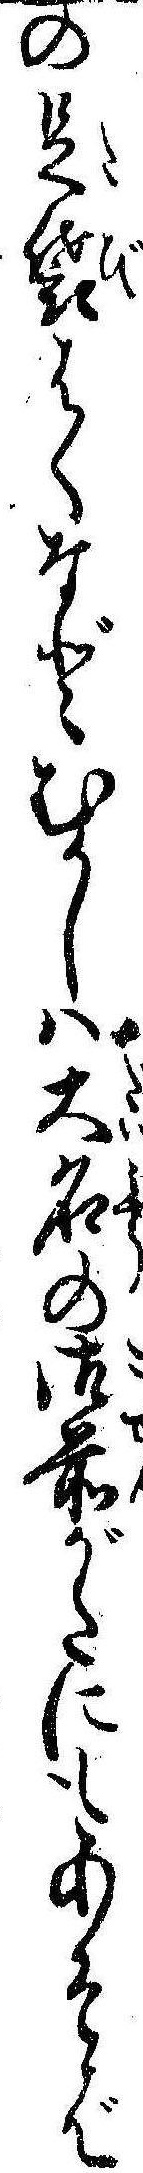
の足袋はくなどむかしは大名の御前がたにもあそば